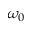
\omega _ { 0 }